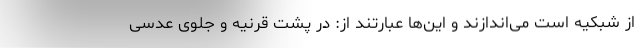
از شبکیه است می‌اندازند و این‌ها عبارتند از: در پشت قرنیه و جلوی عدسی